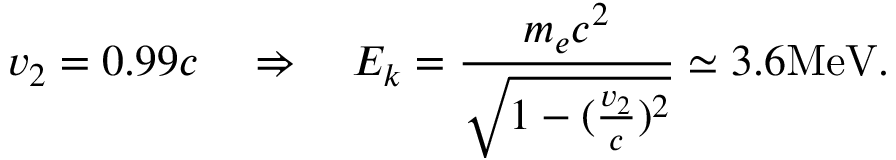
v _ { 2 } = 0 . 9 9 c \quad \Rightarrow \quad E _ { k } = \frac { m _ { e } c ^ { 2 } } { \sqrt { 1 - ( \frac { v _ { 2 } } { c } ) ^ { 2 } } } \simeq 3 . 6 \mathrm { M e V } .